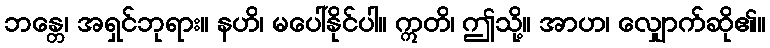
ဘန္တေ၊ အရှင်ဘုရား။ နဟိ၊ မပေါ်နိုင်ပါ။ ဣတိ၊ ဤသို့။ အာဟ၊ လျှောက်ဆို၏။